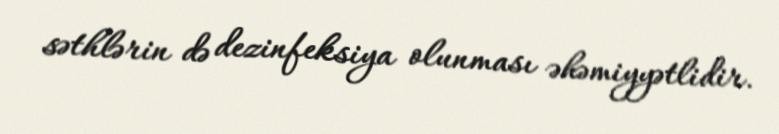
səthlərin də dezinfeksiya olunması əhəmiyyətlidir.